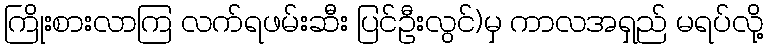
ကြိုးစားလာကြ လက်ရဖမ်းဆီး ပြင်ဦးလွင်)မှ ကာလအရှည် မရပ်လို့